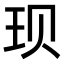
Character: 𫞥